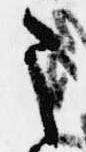
う